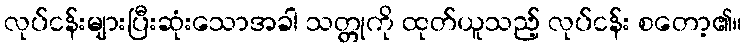
လုပ်ငန်းများပြီးဆုံးသောအခါ သတ္တုကို ထုတ်ယူသည့် လုပ်ငန်း စတော့၏။